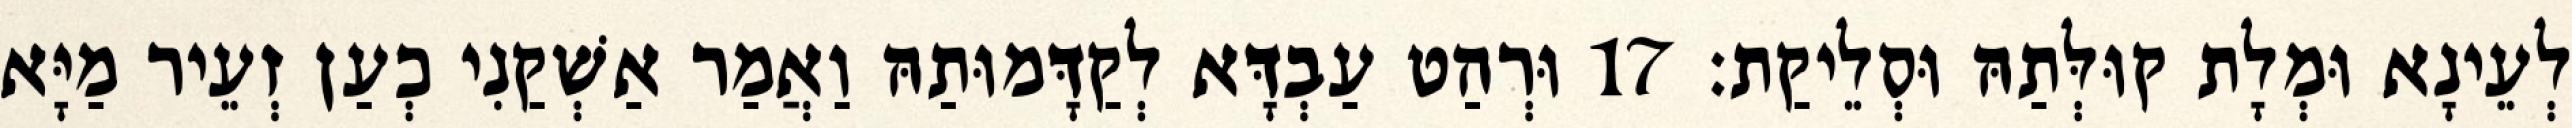
לְעֵינָא וּמְלָת קוּלְּתַהּ וּסְלֵיקַת׃ 17 וּרְהַט עַבְדָּא לְקַדָּמוּתַהּ וַאֲמַר אַשְׁקַנִי כְעַן זְעֵיר מַיָּא